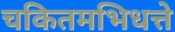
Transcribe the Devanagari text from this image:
चकितमभिधत्ते